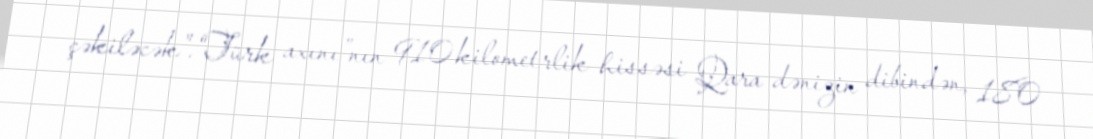
çəkiləcək”.“Türk axını”nın 910 kilometrlik hissəsi Qara dənizin dibindən, 180